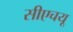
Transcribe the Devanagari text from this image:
सीएचयू